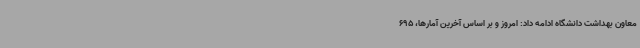
معاون بهداشت دانشگاه ادامه داد: امروز و بر اساس آخرین آمارها، 695